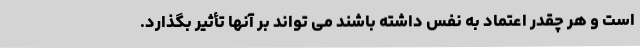
است و هر چقدر اعتماد به نفس داشته باشند می تواند بر آنها تأثیر بگذارد.